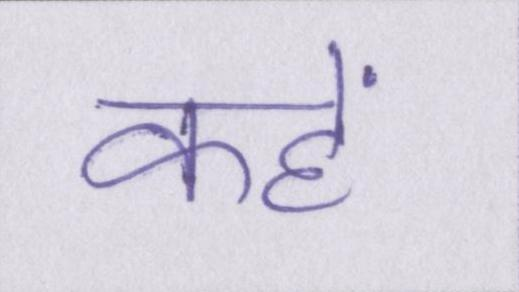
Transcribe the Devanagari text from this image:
कहें